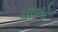
વૉએ